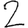
Digit: 2